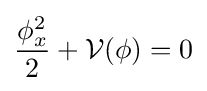
{\frac {\phi _{x}^{2}}{2}}+{\mathcal {V(\phi )}}=0